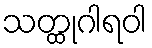
သတ္ထုဂါရဝါ